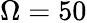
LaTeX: \Omega=50